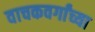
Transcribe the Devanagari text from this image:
वाचकवर्गांच्या